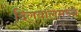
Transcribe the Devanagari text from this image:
दिलवालेमध्ये